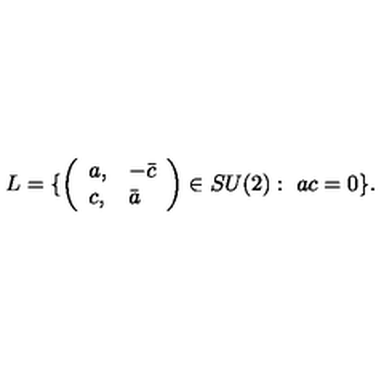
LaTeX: L = \{ \left( \begin{array} { l l } { a , } & { - \bar { c } } \\ { c , } & { \bar { a } } \\ \end{array} \right) \in S U ( 2 ) : \ a c = 0 \} .